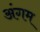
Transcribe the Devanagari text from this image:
अंगम